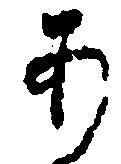
あ